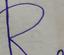
Signature authenticity: forged